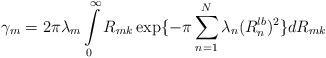
LaTeX: \begin{align*}\gamma_m = 2\pi\lambda_m \int\limits_0^\infty R_{mk}\exp\{-\pi\sum\limits_{n=1}^N\lambda_n(R_{n}^{lb})^2\}dR_{mk}\end{align*}